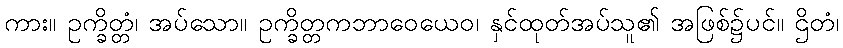
ကား။ ဥက္ခိတ္တံ၊ အပ်သော။ ဥက္ခိတ္တကဘာဝေယေဝ၊ နှင်ထုတ်အပ်သူ၏ အဖြစ်၌ပင်။ ဌိတံ၊